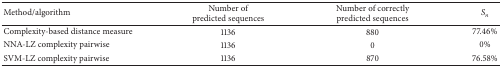
<table><thead><tr><td><b>Method/algorithm</b></td><td><b>Number of predicted sequences</b></td><td><b>Number of correctlypredicted sequences</b></td><td><b><i>S</i><sub><i>n</i></sub></b></td></tr></thead><tbody><tr><td>Complexity-based distance measure</td><td>1136</td><td>880</td><td>77.46%</td></tr><tr><td>NNA-LZ complexity pairwise</td><td>1136</td><td>0</td><td>0%</td></tr><tr><td>SVM-LZ complexity pairwise</td><td>1136</td><td>870</td><td>76.58%</td></tr></tbody></table>